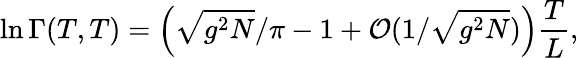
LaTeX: \ln\Gamma(T,T)=\left(\sqrt{g^{2}N}/\pi-1+{\cal O}(1/\sqrt{g^{2}N})\right)\frac{T}{L},